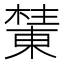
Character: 𰘺